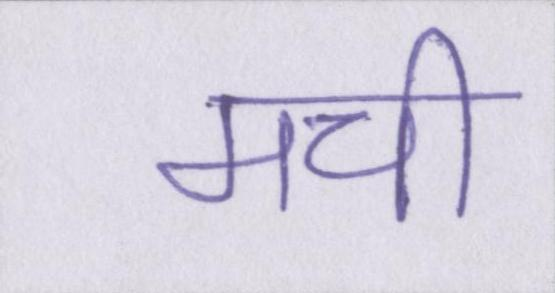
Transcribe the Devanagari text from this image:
मची